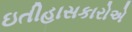
ઇતીહાસકારોએ